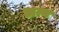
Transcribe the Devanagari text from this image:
अन्य